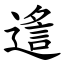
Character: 䢣